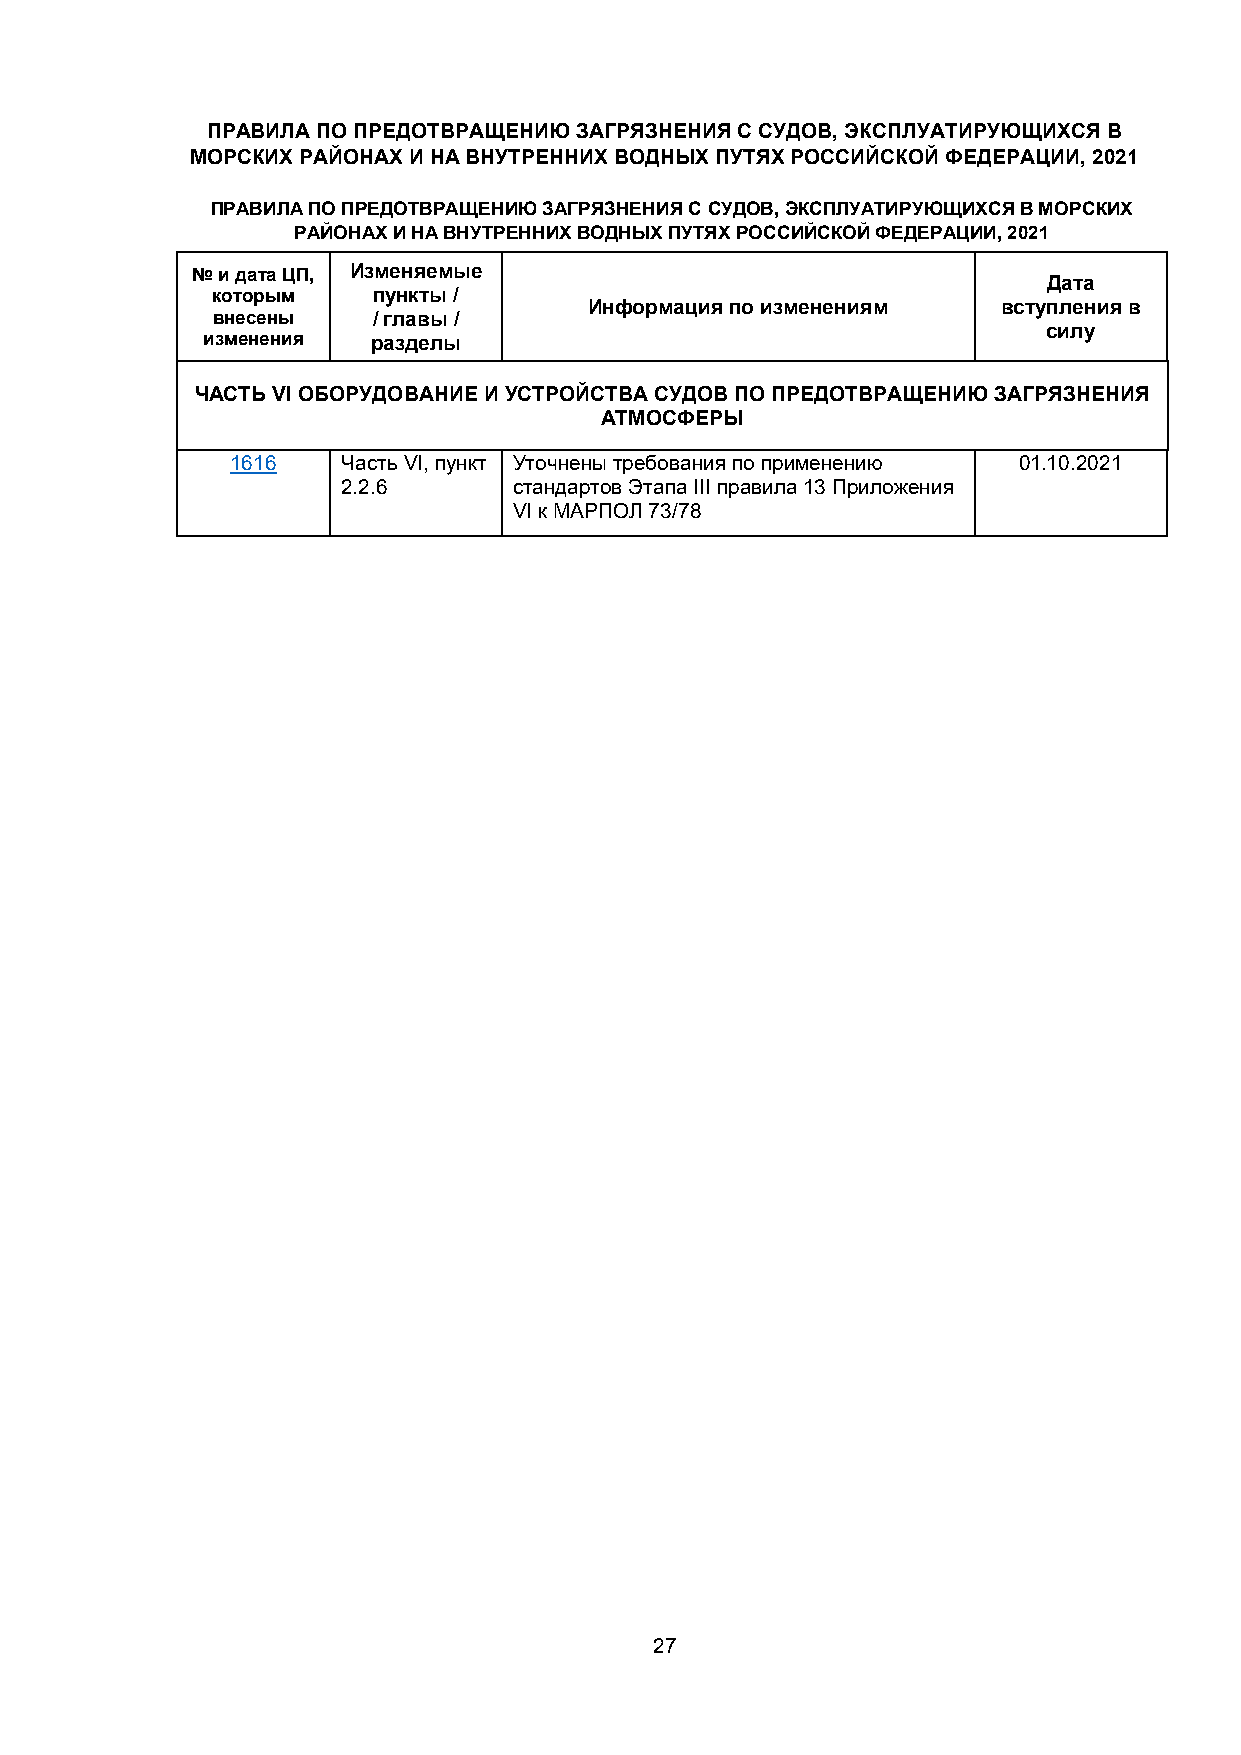
ПРАВИЛА ПО ПРЕДОТВРАЩЕНИЮ ЗАГРЯЗНЕНИЯ С СУДОВ, ЭКСПЛУАТИРУЮЩИХСЯ В
 МОРСКИХ РАЙОНАХ И НА ВНУТРЕННИХ ВОДНЫХ ПУТЯХ РОССИЙСКОЙ ФЕДЕРАЦИИ, 2021
 ПРАВИЛА ПО ПРЕДОТВРАЩЕНИЮ ЗАГРЯЗНЕНИЯ С СУДОВ, ЭКСПЛУАТИРУЮЩИХСЯ В МОРСКИХ
 РАЙОНАХ И НА ВНУТРЕННИХ ВОДНЫХ ПУТЯХ РОССИЙСКОЙ ФЕДЕРАЦИИ, 2021
 № и дата ЦП, Изменяемые
 Дата
 которым    пункты /
 Информация по изменениям   вступления в
 внесены    / главы /
 силу
 изменения   разделы
 ЧАСТЬ VI ОБОРУДОВАНИЕ И УСТРОЙСТВА СУДОВ ПО ПРЕДОТВРАЩЕНИЮ ЗАГРЯЗНЕНИЯ
 АТМОСФЕРЫ
 1616    Часть VI, пункт Уточнены требования по применению 01.10.2021
 2.2.6      стандартов Этапа III правила 13 Приложения
 VI к МАРПОЛ 73/78
 27